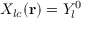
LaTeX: X _ { l c } ( \mathbf { r } ) = Y _ { l } ^ { 0 }